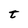
Character: t